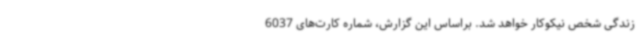
زندگی شخص نیکوکار خواهد شد. براساس این گزارش، شماره کارت‌های 6037